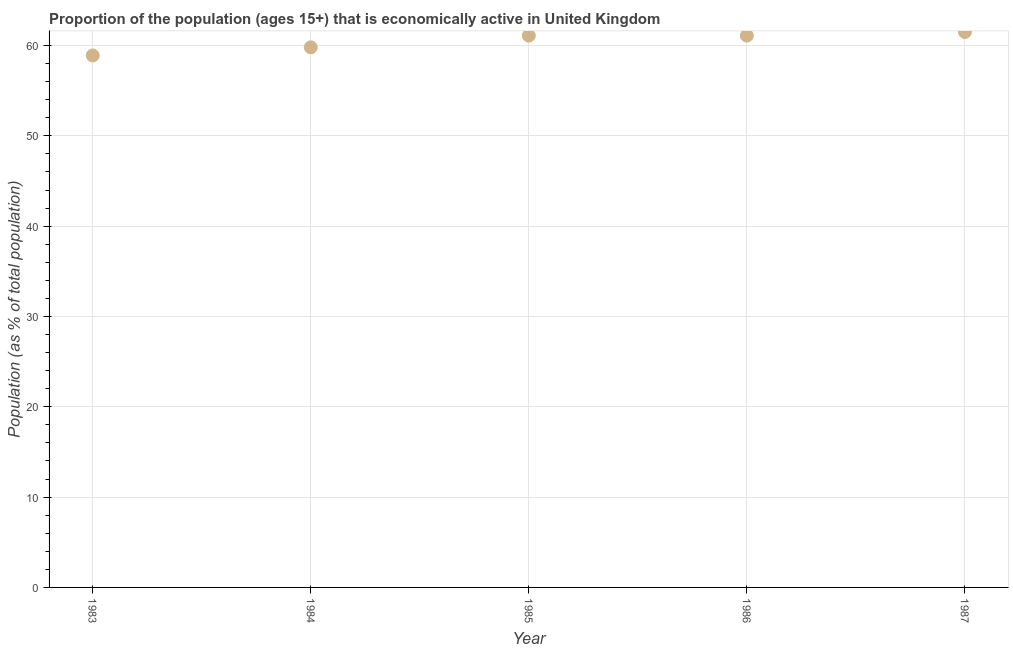
| Year | Labor force participation rate total |
 | --- | --- |
 | 1983 | 58.9 |
 | 1984 | 59.8 |
 | 1985 | 61.1 |
 | 1986 | 61.1 |
 | 1987 | 61.5 |